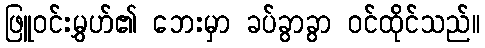
ဖြူဝင်းမွှဟ်၏ ဘေးမှာ ခပ်ခွာခွာ ဝင်ထိုင်သည်။